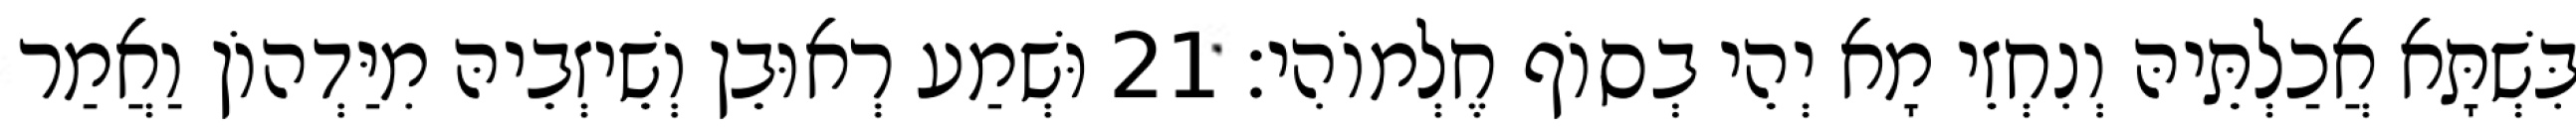
בִּשְׁתָּא אֲכַלְתֵּיהּ וְנִחְזֵי מָא יְהֵי בְסוֹף חֶלְמוֹהִי׃ 21 וּשְׁמַע רְאוּבֵן וְשֵׁיזְבֵיהּ מִיַּדְהוֹן וַאֲמַר